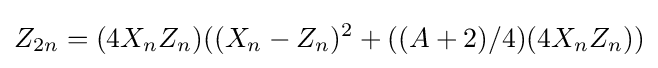
Z_{2n}=(4X_{n}Z_{n})((X_{n}-Z_{n})^{2}+((A+2)/4)(4X_{n}Z_{n}))